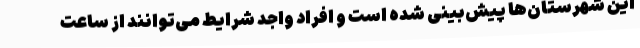
این شهرستان‌ها پیش‌بینی شده است و افراد واجد شرایط می‌توانند از ساعت